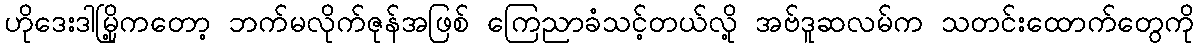
ဟိုဒေးဒါမြို့ကတော့ ဘက်မလိုက်ဇုန်အဖြစ် ကြေညာခံသင့်တယ်လို့ အဗ်ဒူဆလမ်က သတင်းထောက်တွေကို